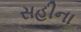
સહીના